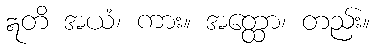
ဣတိ အယံ၊ ကား။ အတ္ထော၊ တည်း။